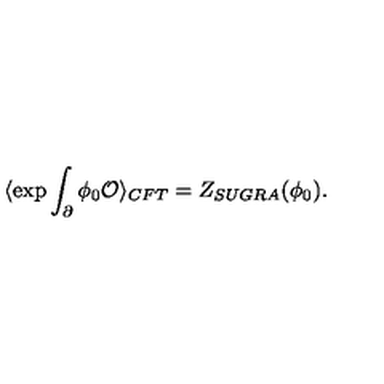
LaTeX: \langle \exp \int _ { \partial } \phi _ { 0 } { \cal O } \rangle _ { C F T } = Z _ { S U G R A } ( \phi _ { 0 } ) .